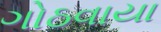
ગોઠવાયા